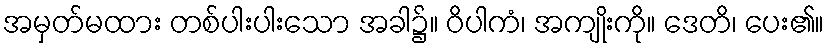
အမှတ်မထား တစ်ပါးပါးသော အခါ၌။ ဝိပါကံ၊ အကျိုးကို။ ဒေတိ၊ ပေး၏။